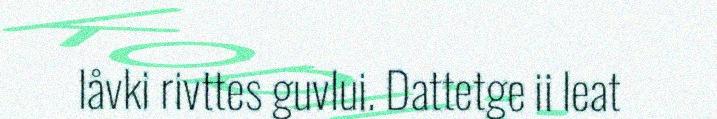
låvki rivttes guvlui. Dattetge ii leat